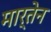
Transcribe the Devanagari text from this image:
मार्तेन